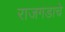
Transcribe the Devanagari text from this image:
राजगडाचे